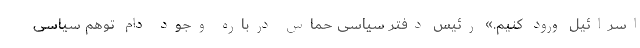
اسرائیل ورود کنیم.» رئیس دفتر سیاسی حماس درباره وجود دام توهم سیاسی